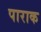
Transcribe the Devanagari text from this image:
पाराक